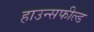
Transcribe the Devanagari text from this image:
हाउन्सफील्ड